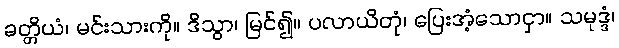
ခတ္တိယံ၊ မင်းသားကို။ ဒိသွာ၊ မြင်၍။ ပလာယိတုံ၊ ပြေးအံ့သောငှာ။ သမုဒ္ဒံ၊